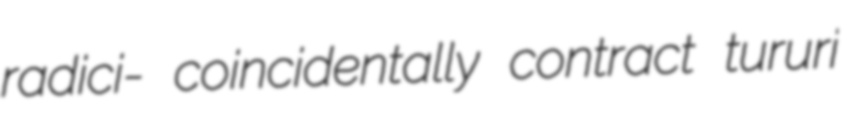
radici- coincidentally contract tururi